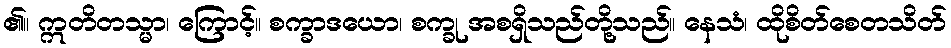
၏။ ဣတိတသ္မာ၊ ကြောင့်။ စက္ခာဒယော၊ စက္ခု အစရှိသည်တို့သည်။ နေသံ၊ ထိုစိတ်စေတသိတ်